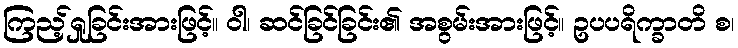
ကြည့်ရှုခြင်းအားဖြင့်။ ဝါ၊ ဆင်ခြင်ခြင်း၏ အစွမ်းအားဖြင့်။ ဥပပရိက္ခာတိ စ၊